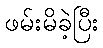
ဖမ်းမိခဲ့ပြီး